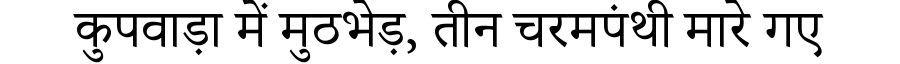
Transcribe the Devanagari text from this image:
कुपवाड़ा में मुठभेड़, तीन चरमपंथी मारे गए